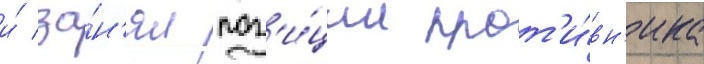
и́ за́н'ял поз'и́ции прот'и́вн'ика